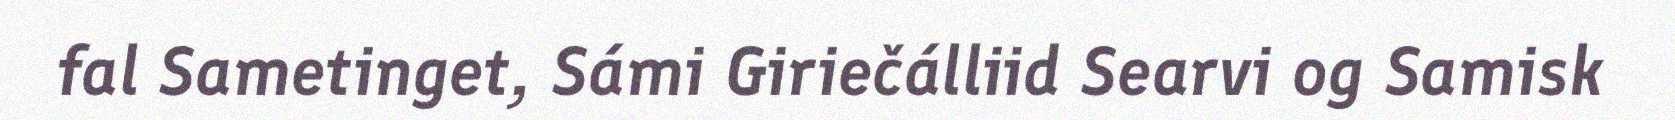
fal Sametinget, Sámi Giriečálliid Searvi og Samisk